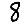
Digit: 8